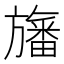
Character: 旛